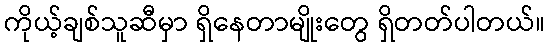
ကိုယ့်ချစ်သူဆီမှာ ရှိနေတာမျိုးတွေ ရှိတတ်ပါတယ်။